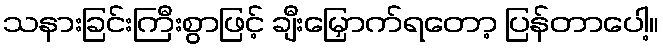
သနားခြင်းကြီးစွာဖြင့် ချီးမြှောက်ရတော့ ပြန်တာပေါ့။